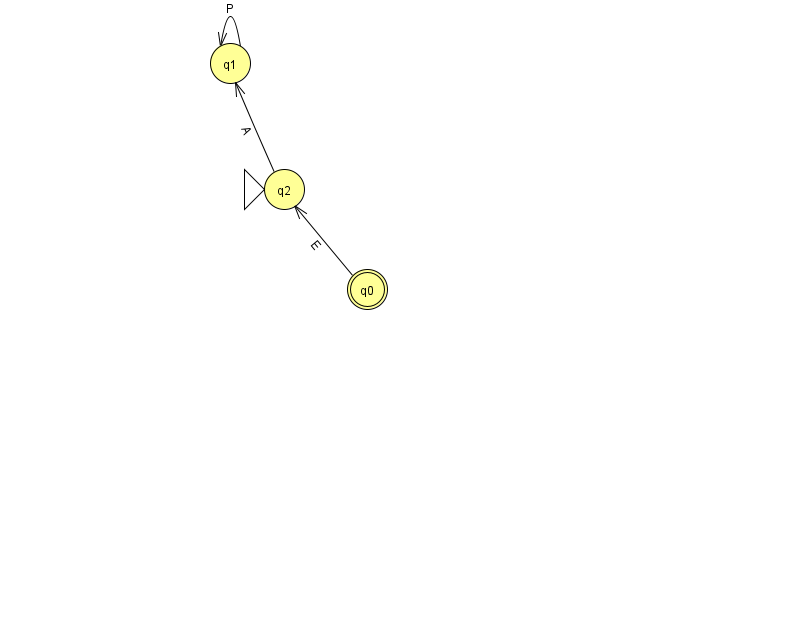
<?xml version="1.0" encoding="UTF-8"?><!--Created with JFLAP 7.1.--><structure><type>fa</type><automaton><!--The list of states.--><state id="0" name="q0"><x>367.0</x><y>276.0</y><final/></state><state id="1" name="q1"><x>230.0</x><y>50.0</y></state><state id="2" name="q2"><x>284.0</x><y>176.0</y><initial/></state><!--The list of transitions.--><transition><from>0</from><to>2</to><read>E</read></transition><transition><from>1</from><to>1</to><read>P</read></transition><transition><from>2</from><to>1</to><read>A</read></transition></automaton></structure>